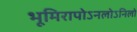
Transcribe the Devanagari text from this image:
भूमिरापोऽनलोऽनिलो